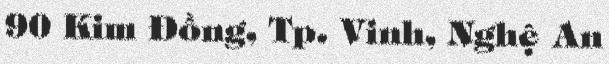
90 Kim Đồng, Tp. Vinh, Nghệ An